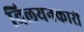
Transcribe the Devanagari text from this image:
विलयनकारी